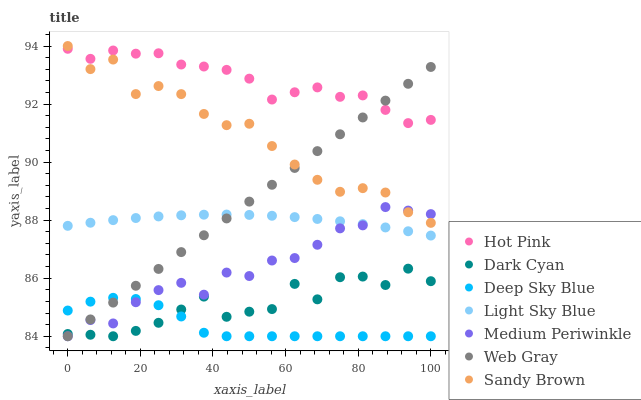
| xaxis_label | Hot Pink | Dark Cyan | Deep Sky Blue | Light Sky Blue | Medium Periwinkle | Web Gray | Sandy Brown |
 | --- | --- | --- | --- | --- | --- | --- | --- |
 | 0 | 93.9 | 84.1 | 84.9 | 87.8 | 84 | 84 | 94 |
 | 6.25 | 93.6 | 84.1 | 85.2 | 87.9 | 84.6 | 84.6 | 93.2 |
 | 12.5 | 93.8 | 84 | 85.3 | 88 | 84.4 | 85.2 | 93.5 |
 | 18.8 | 93.7 | 84.2 | 85.3 | 88.1 | 85.2 | 85.7 | 92.3 |
 | 25 | 93.7 | 84.5 | 85.1 | 88.1 | 85.6 | 86.3 | 92.6 |
 | 31.2 | 93.4 | 84.9 | 84.7 | 88.2 | 85.8 | 86.9 | 92.3 |
 | 37.5 | 93.3 | 85.4 | 84.1 | 88.2 | 85.4 | 87.5 | 91.7 |
 | 43.8 | 93.2 | 84.7 | 84 | 88.2 | 86.2 | 88.1 | 91.3 |
 | 50 | 92.9 | 84.8 | 84 | 88.2 | 86.1 | 88.6 | 91.3 |
 | 56.2 | 92.2 | 84.9 | 84 | 88.2 | 86.6 | 89.2 | 90.6 |
 | 62.5 | 92.4 | 85.8 | 84 | 88.1 | 86.7 | 89.8 | 89.9 |
 | 68.8 | 92.6 | 85.3 | 84 | 88 | 87.2 | 90.4 | 89.4 |
 | 75 | 92.2 | 86 | 84 | 88 | 87.7 | 91 | 89 |
 | 81.2 | 92.3 | 86.1 | 84 | 87.9 | 87.8 | 91.5 | 89.1 |
 | 87.5 | 91.8 | 85.8 | 84 | 87.7 | 88.5 | 92.1 | 89 |
 | 93.8 | 91.3 | 86.3 | 84 | 87.6 | 88.3 | 92.7 | 88.3 |
 | 100 | 91.5 | 85.9 | 84 | 87.5 | 88.2 | 93.3 | 87.9 |